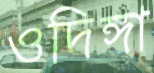
ওদিঙ্গা